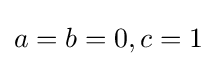
a=b=0,c=1